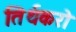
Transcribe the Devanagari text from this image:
तिर्थकरो